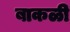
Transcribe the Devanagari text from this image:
बाकळी